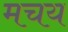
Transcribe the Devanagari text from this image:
मचय